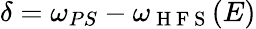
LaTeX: \delta=\omega_{PS}-\omega_{\mathrm{~H~F~S~}}(E)